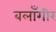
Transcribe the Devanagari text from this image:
बलाँगीर